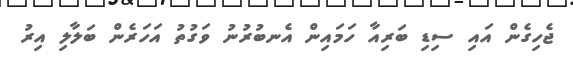
ޖެހިގެން އައި ސިޑި ބަރިއާ ހަމައިން އެނބުރުނު ވަގުތު އަހަރެން ބަލާލި އިރު